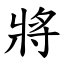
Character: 將